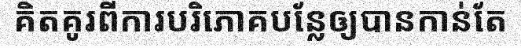
គិតគូរពីការបរិភោគបន្លែឲ្យបានកាន់តែ